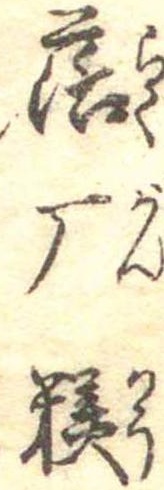
落厂糕